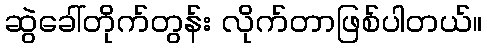
ဆွဲခေါ်တိုက်တွန်း လိုက်တာဖြစ်ပါတယ်။